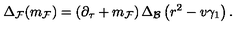
\Delta _ { \cal F } ( m _ { \cal F } ) = \left( \partial _ { \tau } + m _ { \cal F } \right) \Delta _ { \cal B } \left( r ^ { 2 } - v \gamma _ { 1 } \right) .